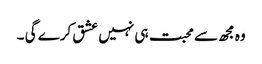
وہ مجھ سے محبت ہی نہیں عشق کرے گی ۔